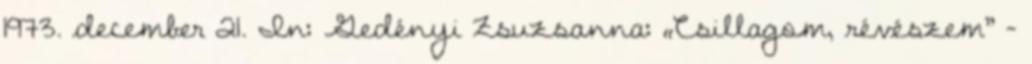
1973. december 21. In: Gedényi Zsuzsanna: „Csillagom, révészem” –